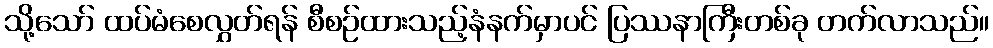
သို့သော် ထပ်မံစေလွှတ်ရန် စီစဉ်ထားသည့်နံနက်မှာပင် ပြဿနာကြီးတစ်ခု တက်လာသည်။